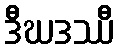
ဒီဃဒဿီ